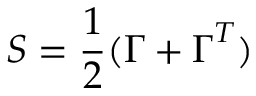
\boldsymbol { S } = \frac { 1 } { 2 } ( \boldsymbol { \Gamma } + \boldsymbol { \Gamma } ^ { T } )